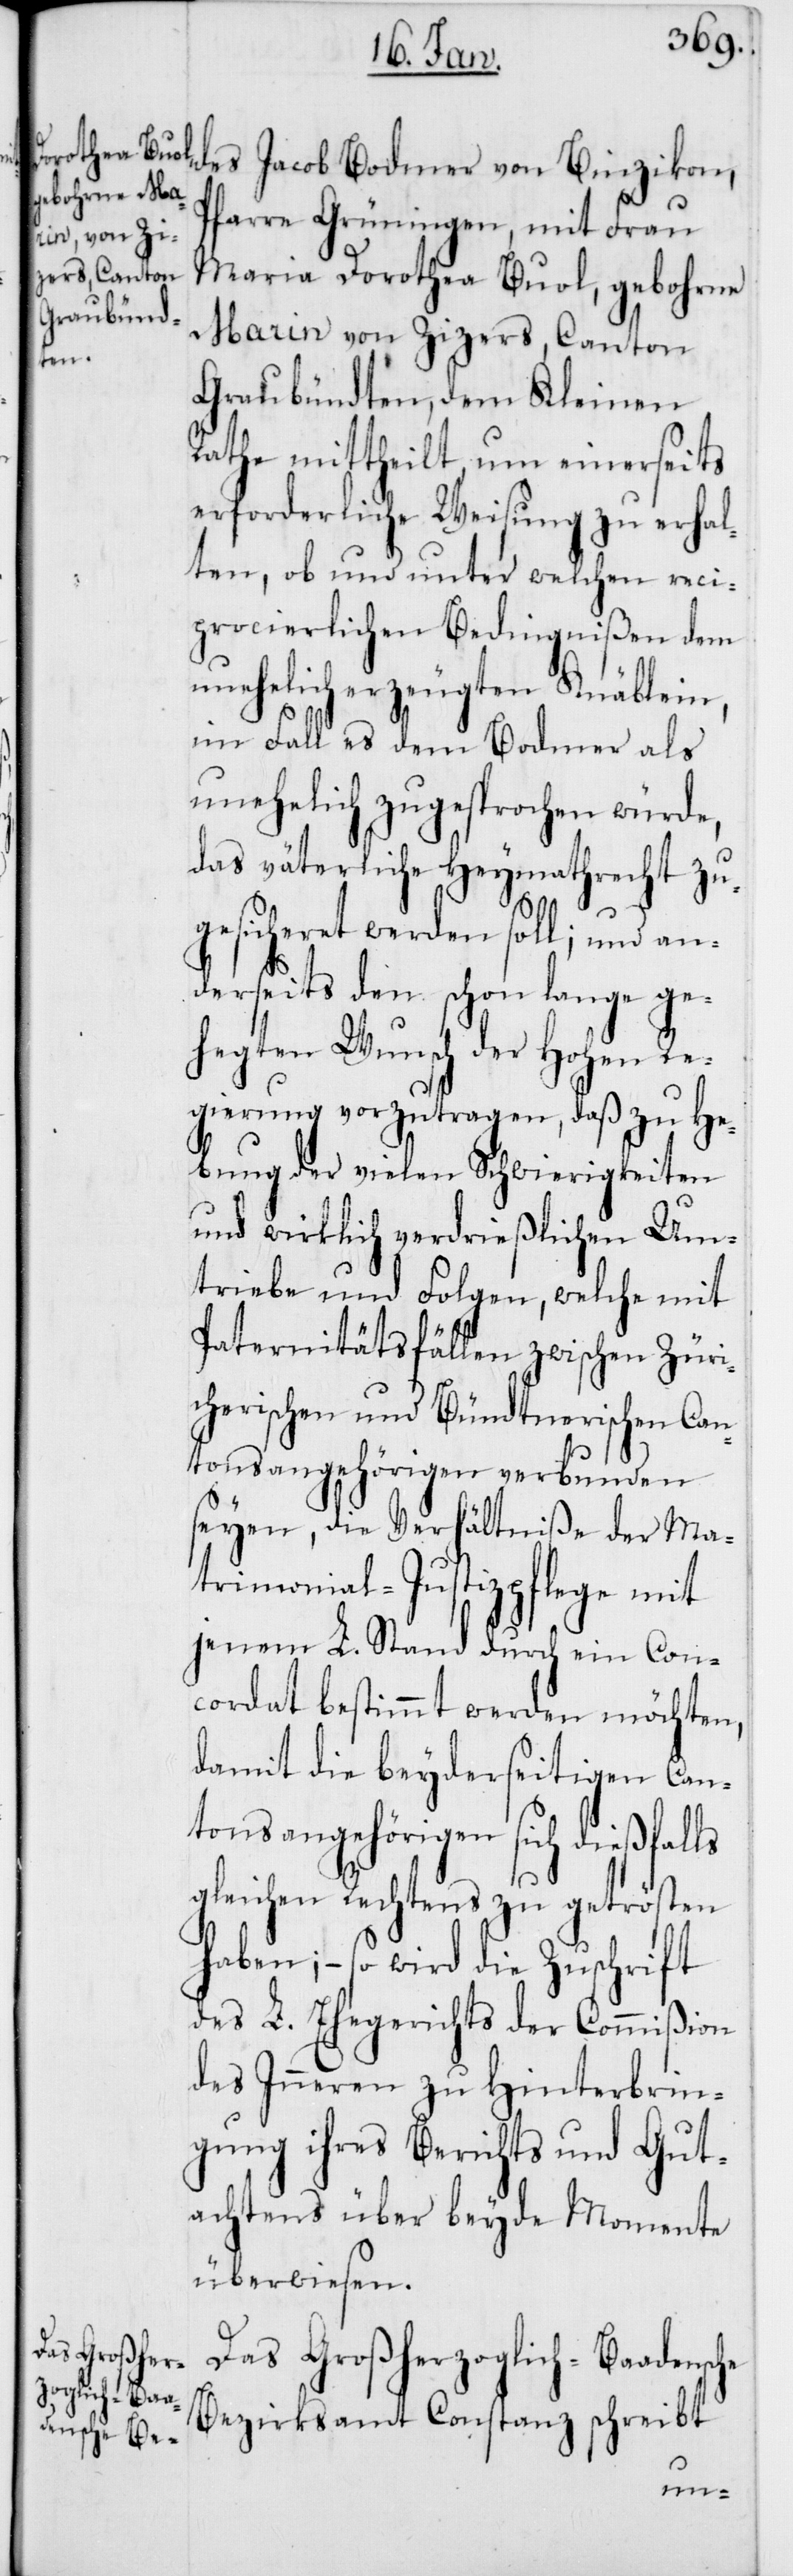
des Jacob Bodmer von Binzikon,
Pfarre Grüningen, mit Frau
Maria Dorothea Buol, gebohrne
Marin von Zizers, Canton
Graubündten, dem Kleinen
Rathe mittheilt, um einerseits
erforderliche Weisung zu erhal¬
ten, ob und unter welchen reci¬
procierlichen Bedingnißen dem
unehelich erzeugten Knäblein,
im Fall es dem Bodmer als
unehelich zugesprochen würde,
das väterliche Heymathrecht zu¬
gesicheret werden soll; und an¬
derseits den schon lange ge¬
hegten Wunsch der Hohen Re¬
gierung vorzutragen, daß zu He¬
bung der vielen Schwierigkeiten
und wirklich verdrießlichen Um¬
triebe und Folgen, welche mit
Paternitätsfällen zwischen Zür¬
cherischen und Bündtnerischen Can¬
tonsangehörigen verbunden
seyen, die Verhältniße der Ma¬
trimonial-Justizpflege mit
jenem L. Stand durch ein Con¬
cordat bestimmt werden möchten,
damit die beyderseitigen Can¬
tonangehörigen sich dießfalls
gleichen Rechtens zu getrösten
haben; – so wird die Zuschrift
des L. Ehegerichts der Commißion
des Inneren zu Hinterbrin¬
gung ihres Berichts und Gut¬
achtens über beyde Momente
überwiesen.
Das Großerherzoglich-Baadensche
Bezirksamt Constanz schreibt